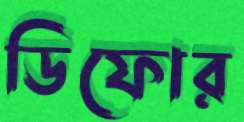
ডিফোর